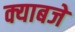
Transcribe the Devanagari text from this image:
क्याबजे